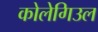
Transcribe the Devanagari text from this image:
कोलेगिउल